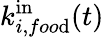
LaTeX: k_{i,foo\mathrm{d}}^{\mathrm{{in}}}(t)